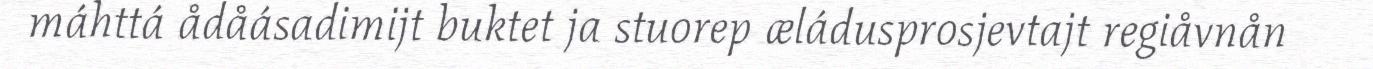
máhttá ådåásadimijt buktet ja stuorep æládusprosjevtajt regiåvnån